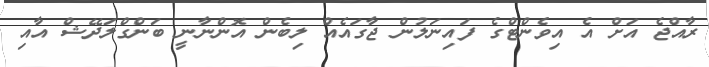
ރާއްޖެ އަށް އެ އިވެންޓްގެ ފައިނަލުން ޖާގައެއް ލިބެން އޮންނާނީ ބަންގްލަދޭޝް އާއި